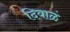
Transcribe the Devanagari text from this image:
दिवाळं